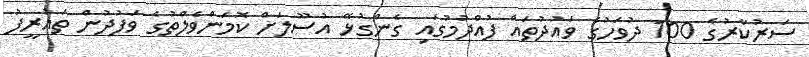
ސަރުކާރުގެ 100 ދުވަހުގެ ވައުދުތައް ފުއްދުމުގައި ގެންގުޅޭ އުސޫލަށް ކޮމަންވެލްތުގެ ވަފުދުން ތައުރީފު